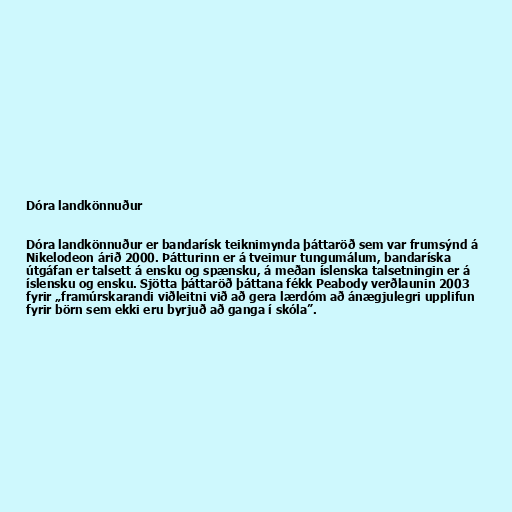
Dóra landkönnuður

Dóra landkönnuður er bandarísk teiknimynda þáttaröð sem var frumsýnd á
Nikelodeon árið 2000. Þátturinn er á tveimur tungumálum, bandaríska
útgáfan er talsett á ensku og spænsku, á meðan íslenska talsetningin er á
íslensku og ensku. Sjötta þáttaröð þáttana fékk Peabody verðlaunin 2003
fyrir „framúrskarandi viðleitni við að gera lærdóm að ánægjulegri upplifun
fyrir börn sem ekki eru byrjuð að ganga í skóla”.